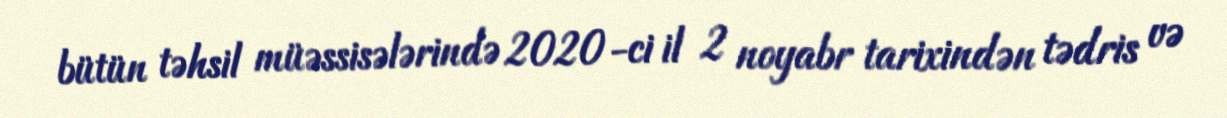
bütün təhsil müəssisələrində 2020-ci il 2 noyabr tarixindən tədris və